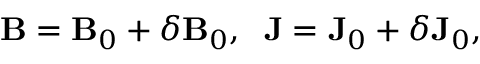
{ \bf { B } } = { \bf { B } } _ { 0 } + \delta { \bf { B } } _ { 0 } , \; \; { \bf { J } } = { \bf { J } } _ { 0 } + \delta { \bf { J } } _ { 0 } ,